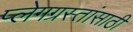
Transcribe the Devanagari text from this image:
प्लेगग्रस्तांसाठी